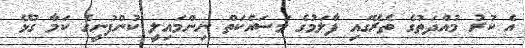
އެ ކުރު މުއްދަތުގެ ތެރޭގައި ފާލަމުގެ މަސައްކަތް ނިންމައިލީ ކުންފުނީގެ ކަމާ ގުޅޭ